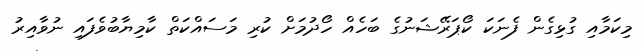
މިކަމާއި ގުޅިގެން ފެނަކަ ކޯޕަރޭޝަނުގެ ބަހެއް ހޯދުމަށް ކުރި މަސައްކަތް ކާމިޔާބުވެފައި ނުވާއިރު